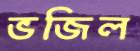
ভজিল